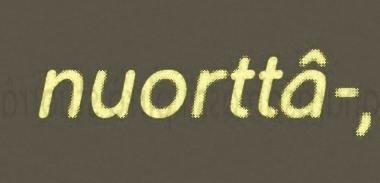
nuorttâ-,